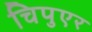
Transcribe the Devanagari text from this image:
चिपुएर